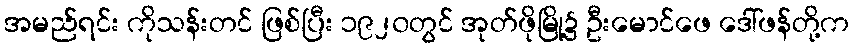
အမည်ရင်း ကိုသန်းတင် ဖြစ်ပြီး ၁၉၂၀တွင် အုတ်ဖိုမြို့၌ ဦးမောင်ဖေ ဒေါ်ဖန်တို့က